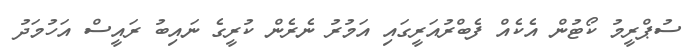
ސުޕްރީމު ކޯޓުން އެކެއް ފެބްރުއަރީގައި އަމުރު ނެރެން ކުރީގެ ނައިބު ރައީސް އަހުމަދު